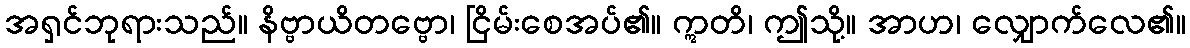
အရှင်ဘုရားသည်။ နိဗ္ဗာယိတဗ္ဗော၊ ငြိမ်းစေအပ်၏။ ဣတိ၊ ဤသို့။ အာဟ၊ လျှောက်လေ၏။